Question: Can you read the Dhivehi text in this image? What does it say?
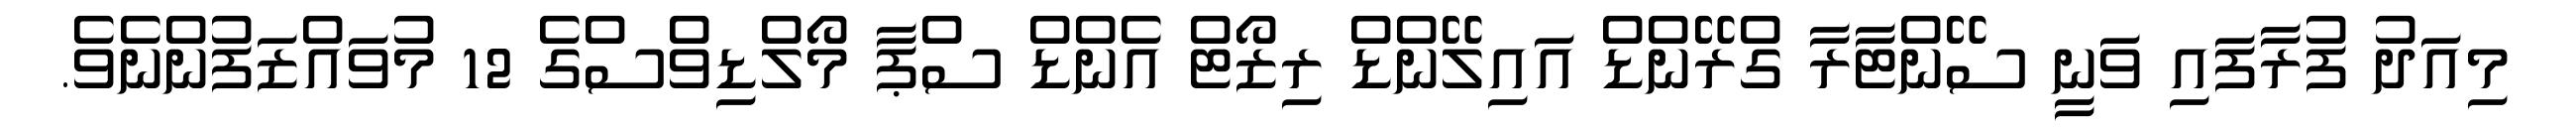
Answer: މިއަދު ފުރާފައި ވަނީ ސޭންޓާރާ ގްރޭންޑް އައިލޭންޑް ރިޒޯޓް އެންޑް ސްޕާ މޯލްޑިވްސްގެ 12 މުވައްޒަފުންނެވެ.